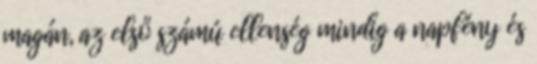
magán, az első számú ellenség mindig a napfény és